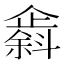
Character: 𫿸